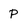
Character: p